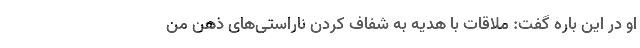
او در این باره گفت: ملاقات با هدیه به شفاف کردن ناراستی‌های ذهن من